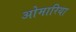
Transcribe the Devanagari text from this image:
ओमारिया